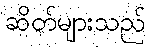
ဆိတ်များသည်